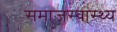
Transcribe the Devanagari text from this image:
समाजस्वा्स्थ्य